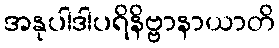
အနုပါဒါပရိနိဗ္ဗာနာယာတိ